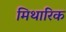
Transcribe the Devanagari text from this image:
मिथारिक